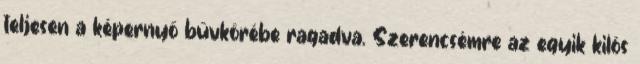
teljesen a képernyő bűvkörébe ragadva. Szerencsémre az egyik kilós